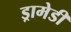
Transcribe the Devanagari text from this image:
ड्रामेडी